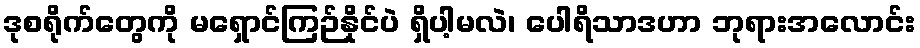
ဒုစရိုက်တွေကို မရှောင်ကြဉ်နိုင်ပဲ ရှိပါ့မလဲ၊ ပေါရိသာဒဟာ ဘုရားအလောင်း